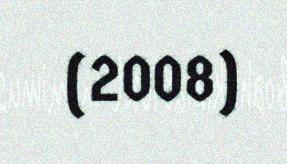
(2008)